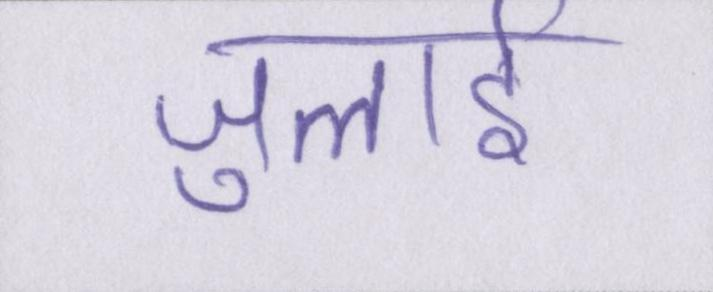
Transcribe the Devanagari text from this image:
जुलाई